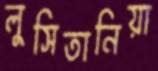
লুসিতানিয়া